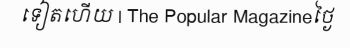
ទៀតហើយ | The Popular Magazineថ្ងៃ